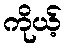
ကိုယ့်